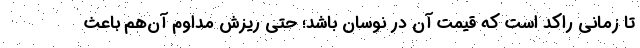
تا زمانی راکد است که قیمت آن در نوسان باشد؛ حتی ریزش مداوم آن‌هم باعث